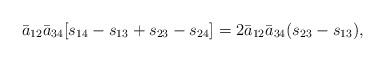
LaTeX: \begin{align*}{\bar a}_{12}{\bar a}_{34}[s_{14}-s_{13}+s_{23}-s_{24}]=2{\bar a}_{12}{\bar a}_{34}(s_{23}-s_{13}),\end{align*}